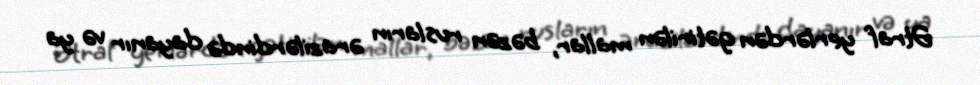
Ətraf yerlərdən gətirilən mallar, bəzən rusların ərazilərdində dayanır və ya